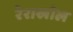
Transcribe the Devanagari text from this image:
रेराखोल